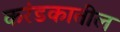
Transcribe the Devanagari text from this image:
करंडकातील